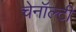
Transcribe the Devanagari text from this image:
चेनॉल्टी